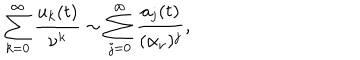
\sum _ { k = 0 } ^ { \infty } { \frac { u _ { k } ( t ) } { \nu ^ { k } } } \sim \sum _ { j = 0 } ^ { \infty } { \frac { a _ { j } ( t ) } { ( \alpha _ { \nu } ) ^ { j } } } ,